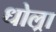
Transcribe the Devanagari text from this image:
धोल्रा